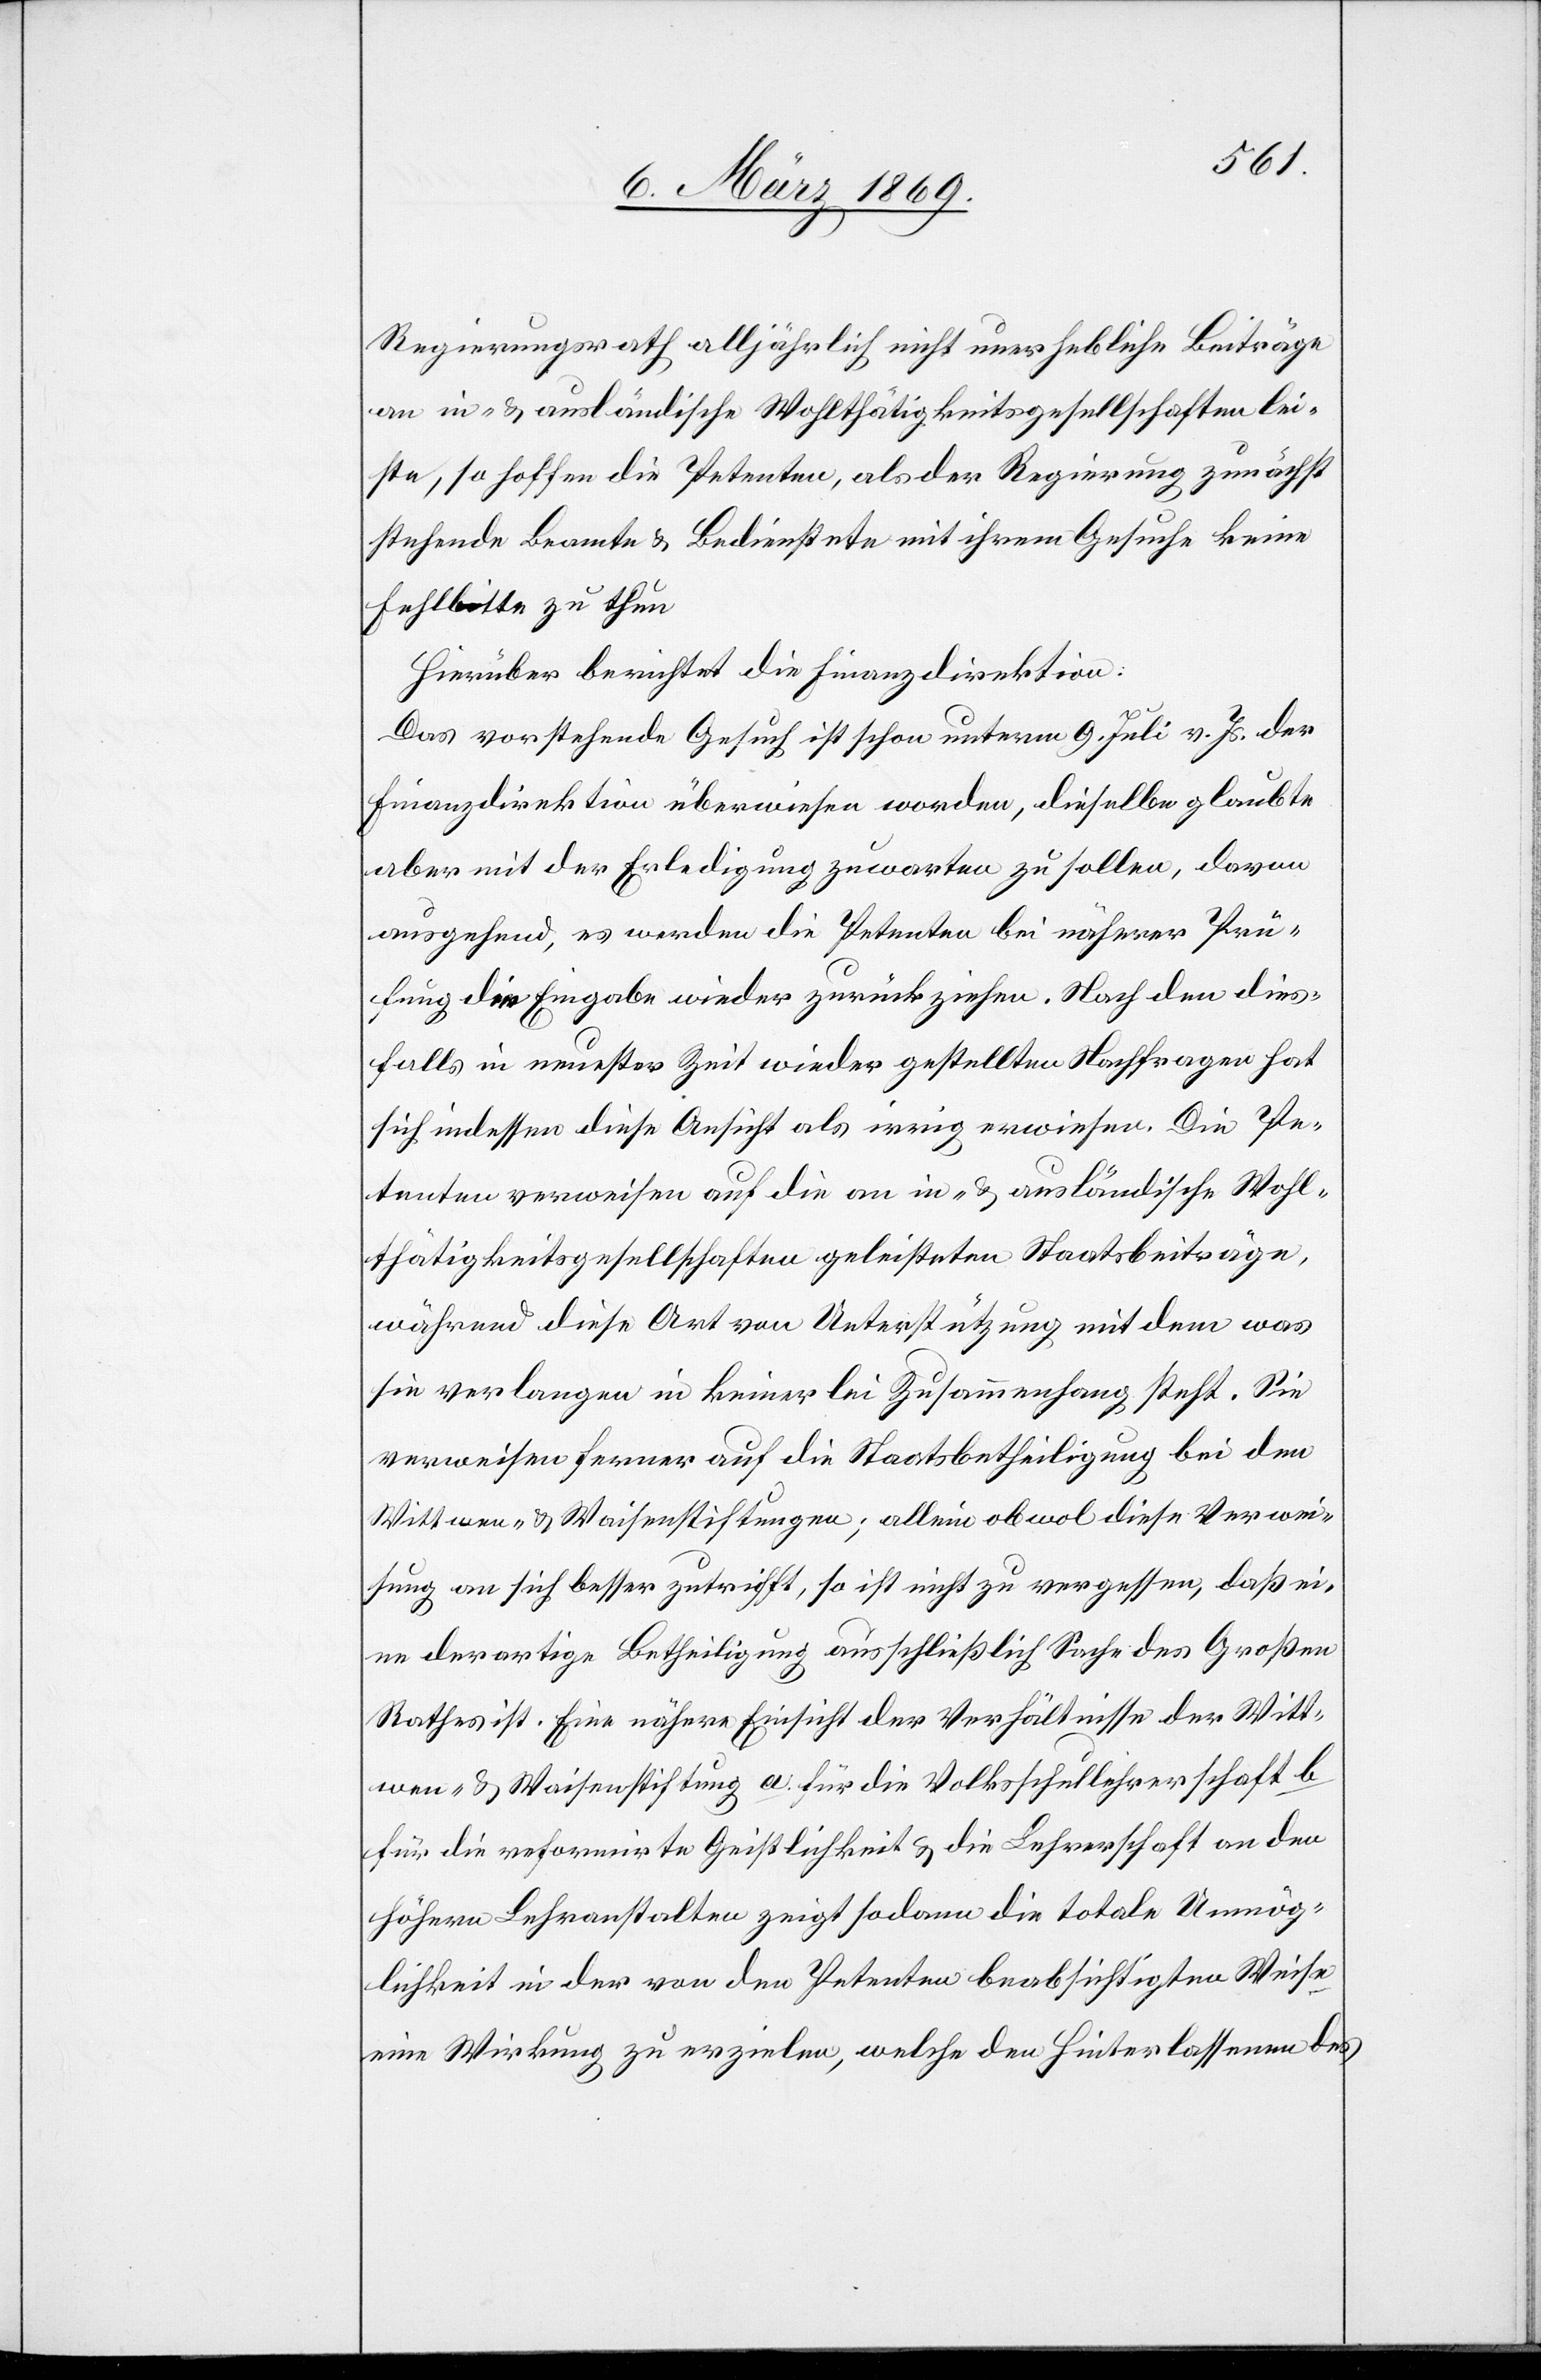
Regierungsrath alljährlich nicht unerhebliche Beiträge
an in- & ausländische Wohlthätigkeitsgesellschaften lei¬
ste, so hoffen die Petenten, als der Regierung zunächst
stehende Beamte & Bedienstete mit ihrem Gesuche keine
Fehlbitte zu thun.
Hierüber berichtet die Finanzdirektion:
Das vorstehende Gesuch ist schon unterm 9. Juli v. Js. der
Finanzdirektion überwiesen worden, dieselbe glaubte
aber mit der Erledigung zuwarten zu sollen, davon
ausgehend, es werden die Petenten bei näherer Prü¬
fung die Eingabe wieder zurückziehen. Nach den dies¬
falls in neuester Zeit wieder gestellten Nachfragen hat
sich indessen diese Ansicht als irrig erwiesen. Die Pe¬
tenten verweisen auf die an in- & ausländische Wohl¬
thätigkeitsgesellschaften geleisteten Staatsbeiträge,
während diese Art von Unterstützung mit dem was
sie verlangen in keinerlei Zusammenhang steht. Sie
verweisen ferner auf die Staatsbetheiligung bei den
Wittwen- & Waisenstiftungen; allein obwol diese Verwei¬
sung an sich besser zutrifft, so ist nicht zu vergessen, daß ei¬
ne derartige Betheiligung ausschließlich Sache des Großen
Rathes ist. Eine nähere Einsicht der Verhältnisse der Witt¬
wen- & Waisenstiftung a. für die Volksschullehrerschaft b
für die reformirte Geistlichkeit & die Lehrerschaft an den
höhern Lehranstalten zeigt sodann die totale Unmög¬
lichkeit in der von den Petenten beabsichtigten Weise
eine Wirkung zu erzielen, welche den Hinterlassenen der